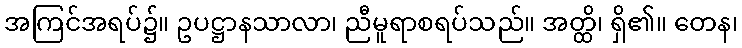
အကြင်အရပ်၌။ ဥပဋ္ဌာနသာလာ၊ ညီမူရာစရပ်သည်။ အတ္ထိ၊ ရှိ၏။ တေန၊